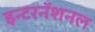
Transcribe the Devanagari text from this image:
इन्टरनॅशनल